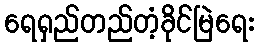
ရေရှည်တည်တံ့ခိုင်မြဲရေး